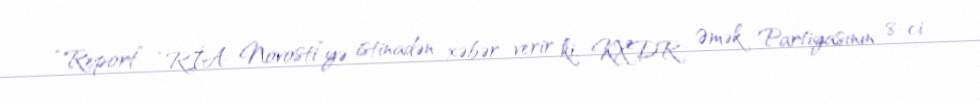
“Report” “RİA Novosti”yə istinadən xəbər verir ki, KXDR Əmək Partiyasının 8-ci